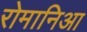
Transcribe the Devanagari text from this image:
रोमानिआ